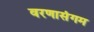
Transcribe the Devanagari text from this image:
वरणासंगम